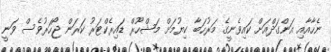
ނެހާއާއި އަންގަދްއަށް ކައިވެނީގެ މަރުހަބާ ކިޔުމަށް މަޝްހޫރް ޑައިރެކްޓަރު ކަރަން ޖޯހަރުވެސް ވަނީ